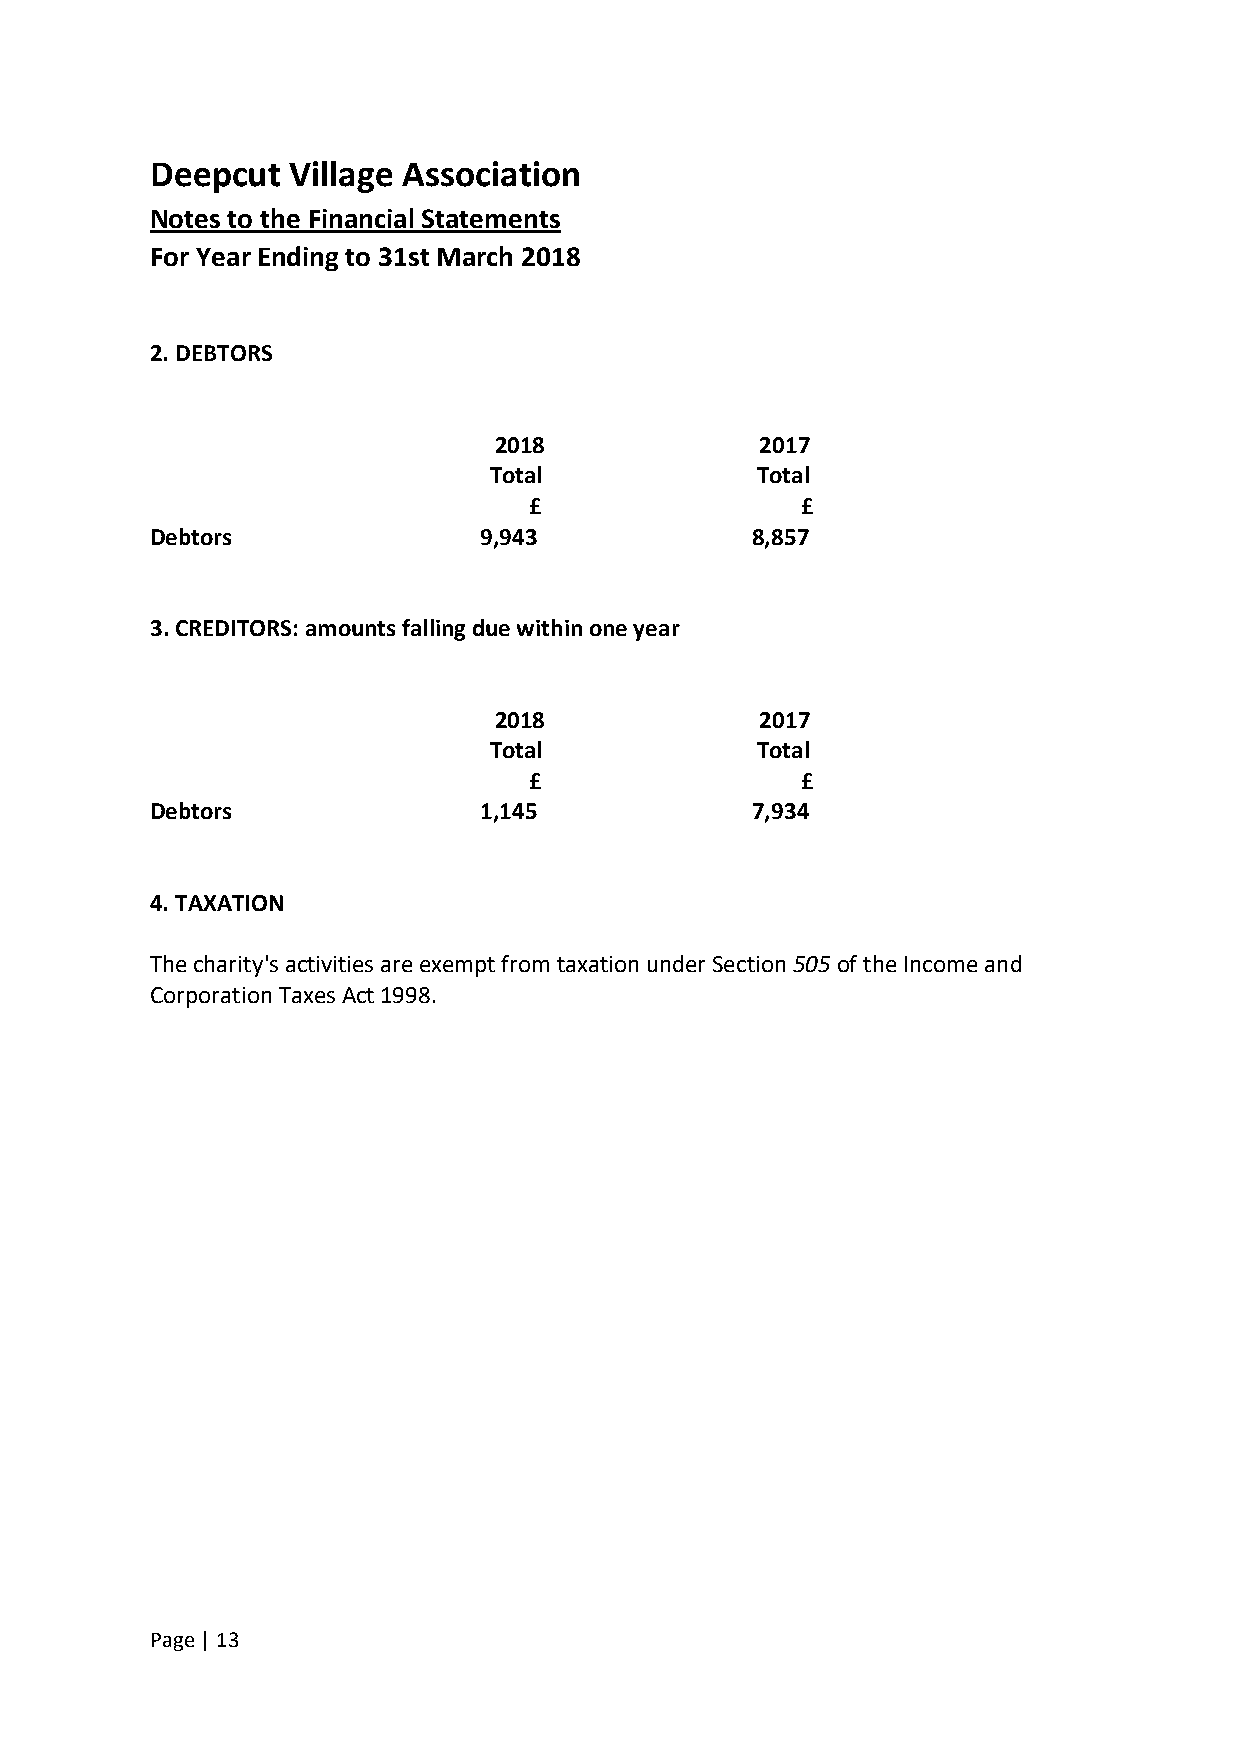
Deepcut  Village Association
 Notes to the Financial Statements
 For Year Ending to 31st March 2018
 2. DEBTORS
 2018             2017
 Total             Total
 £                 £
 Debtors               9,943             8,857
 3. CREDITORS: amounts falling due within one year
 2018             2017
 Total             Total
 £                 £
 Debtors               1,145             7,934
 4. TAXATION
 The charity's activities are exempt from taxation under Section 505 of the Income and
 Corporation Taxes Act 1998.
 Page | 13